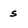
Character: s